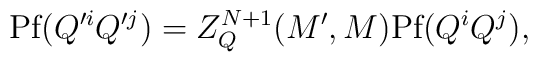
\mbox{Pf} (Q'^{i} Q'^{j}) = Z_{Q}^{N+1}(M', M)                \mbox{Pf} (Q^{i} Q^{j}),